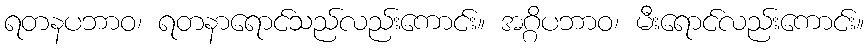
ရတနပဘာဝ၊ ရတနာရောင်သည်လည်းကောင်း။ အဂ္ဂိပဘာဝ၊ မီးရောင်လည်းကောင်း။